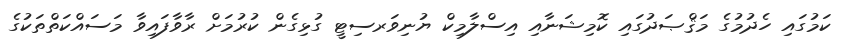
ކަމުގައި ހެދުމުގެ މަޤްޞަދުގައި ކޮމިޝަނާއި އިސްލާމިކް ޔުނިވަރސިޓީ ގުޅިގެން ކުރުމަށް ރާވާފައިވާ މަސައްކަތްތަކުގެ